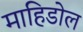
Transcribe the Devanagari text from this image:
माहिडोल